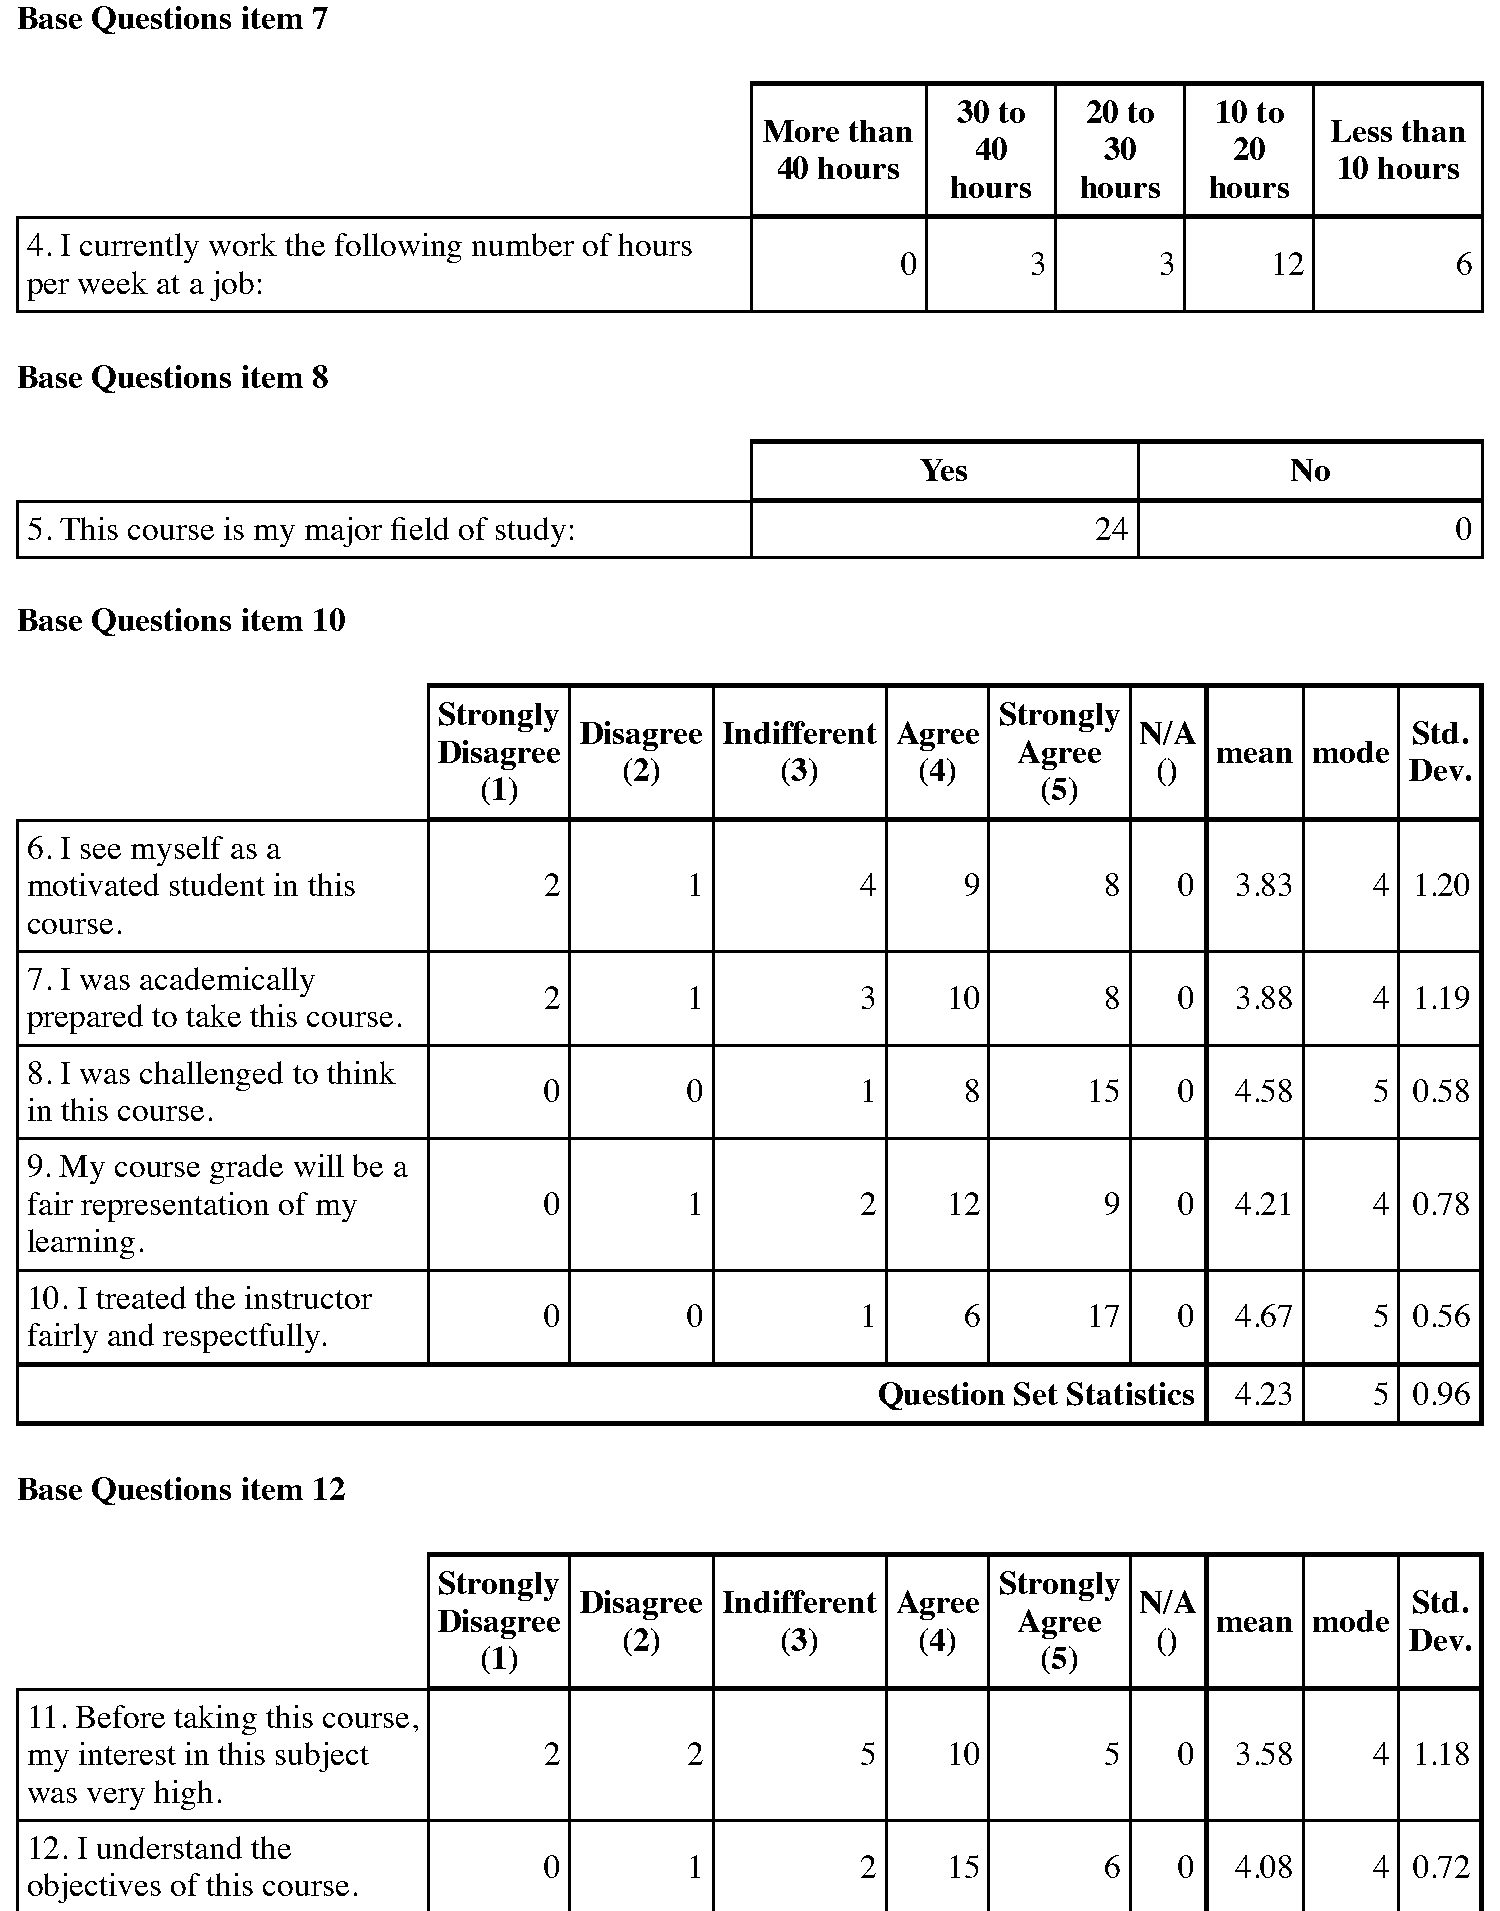
Base Questions item 7
 30 to    20 to   10 to
 More than                            Less than
 40      30       20
 40 hours                             10 hours
 hours   hours    hours
 4. I currently work the following number of hours
 0       3        3      12          6
 per week at a job:
 Base Questions item 8
 Yes                     No
 5. This course is my major field of study:                            24                      0
 Base Questions item 10
 Strongly                             Strongly
 Disagree  Indifferent Agree          N/A               Std.
 Disagree                              Agree        mean   mode
 (2)        (3)      (4)             ()              Dev.
 (1)                                  (5)
 6. I see myself as a
 motivated student in this         2        1           4      9        8    0   3.83     4  1.20
 course.
 7. I was academically
 2        1           3     10        8    0   3.88     4  1.19
 prepared to take this course.
 8. I was challenged to think
 0        0           1      8       15    0   4.58     5  0.58
 in this course.
 9. My course grade will be a
 fair representation of my         0        1           2     12        9    0   4.21     4  0.78
 learning.
 10. I treated the instructor
 0        0           1      6       17    0   4.67     5  0.56
 fairly and respectfully.
 Question Set Statistics 4.23     5  0.96
 Base Questions item 12
 Strongly                             Strongly
 Disagree  Indifferent Agree          N/A               Std.
 Disagree                              Agree        mean   mode
 (2)        (3)      (4)             ()              Dev.
 (1)                                  (5)
 11. Before taking this course,
 my interest in this subject       2        2           5     10        5    0   3.58     4  1.18
 was very high.
 12. I understand the
 0        1           2     15        6    0   4.08     4  0.72
 objectives of this course.